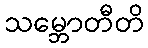
သမ္ဘောတီတိ